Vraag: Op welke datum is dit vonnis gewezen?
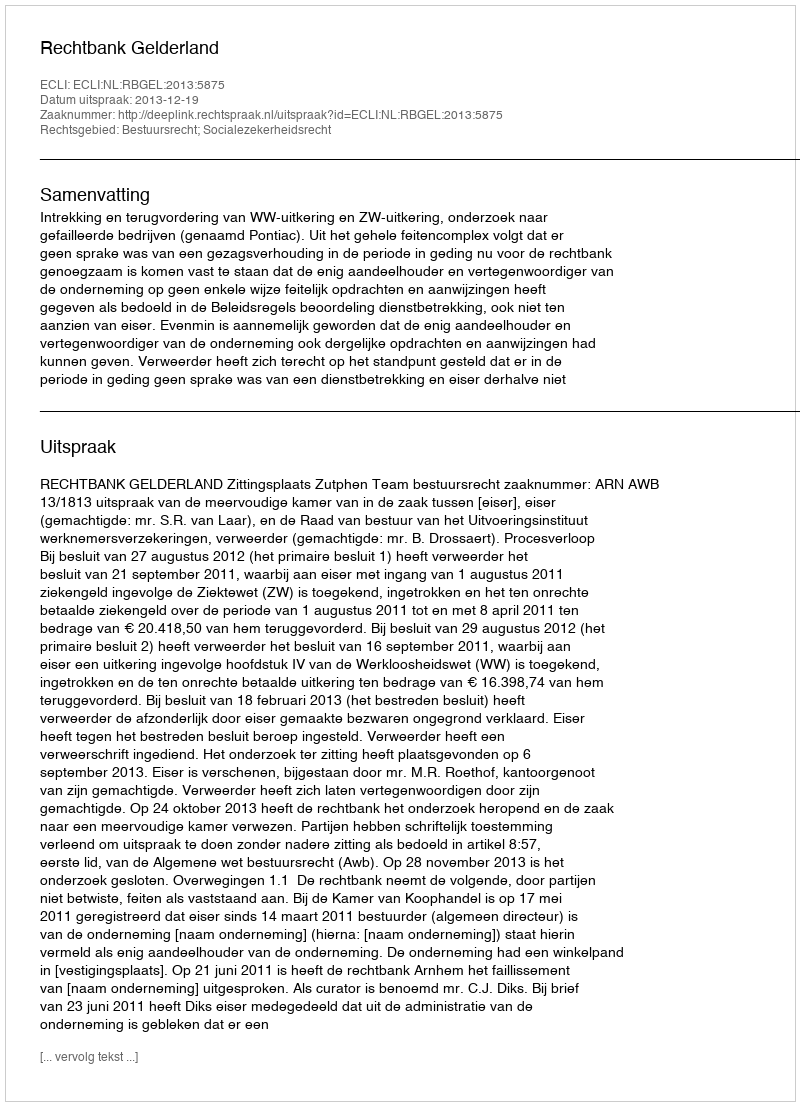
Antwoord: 2013-12-19